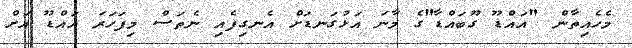
މެހެއިތާން "އައްޑޫ ގޫބައްޑާ"ގެ މާނަ އަޅުގަނޑަށް އެނގިފެއި ނެތަސް މިފަހަރަ އައްޑޫ އަށް